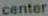
center